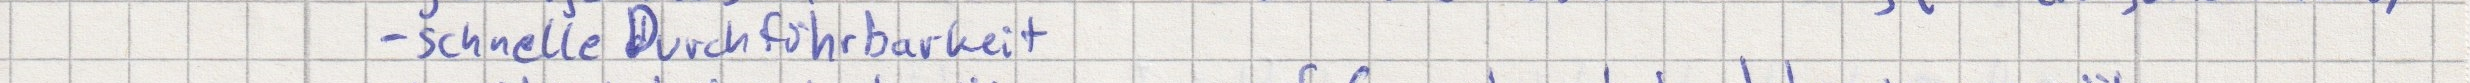
- schnelle Durchführbarkeit